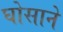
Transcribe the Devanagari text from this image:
घोसाने